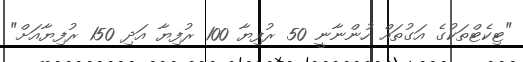
"ޓިކެޓްތަކުގެ އަގުތައް ހުންނާނީ 50 ރުފިޔާ 100 ރުފިޔާ އަދި 150 ރުފިޔާއަށް"